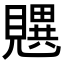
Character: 𬢄